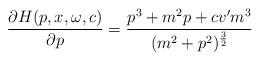
LaTeX: \begin{align*}\frac{\partial H(p,x,\omega,c)}{\partial p}=\frac{p^{3}+m^{2}p+cv'm^{3}}{(m^{2}+p^{2})^{\frac{3}{2}}}\end{align*}